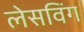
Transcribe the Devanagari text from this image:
लेसविंग